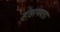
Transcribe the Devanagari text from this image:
हंसायवडा